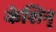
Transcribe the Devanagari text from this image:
केशिन्